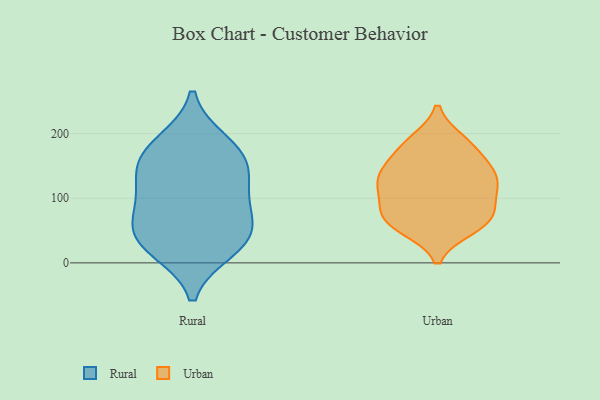
{"axis": {"x": "Shipments", "y": "Value"}, "legend": ["Rural", "Urban"], "data": [{"x": "", "y": 107, "type": "Rural"}, {"x": "", "y": 53, "type": "Rural"}, {"x": "", "y": 185, "type": "Rural"}, {"x": "", "y": 162, "type": "Rural"}, {"x": "", "y": 89, "type": "Rural"}, {"x": "", "y": 164, "type": "Rural"}, {"x": "", "y": 32, "type": "Rural"}, {"x": "", "y": 22, "type": "Rural"}, {"x": "", "y": 134, "type": "Rural"}, {"x": "", "y": 46, "type": "Rural"}, {"x": "", "y": 178, "type": "Urban"}, {"x": "", "y": 71, "type": "Urban"}, {"x": "", "y": 184, "type": "Urban"}, {"x": "", "y": 71, "type": "Urban"}, {"x": "", "y": 188, "type": "Urban"}, {"x": "", "y": 64, "type": "Urban"}, {"x": "", "y": 141, "type": "Urban"}, {"x": "", "y": 116, "type": "Urban"}, {"x": "", "y": 87, "type": "Urban"}, {"x": "", "y": 59, "type": "Urban"}, {"x": "", "y": 132, "type": "Urban"}, {"x": "", "y": 143, "type": "Urban"}, {"x": "", "y": 111, "type": "Urban"}, {"x": "", "y": 54, "type": "Urban"}, {"x": "", "y": 145, "type": "Urban"}, {"x": "", "y": 113, "type": "Urban"}]}